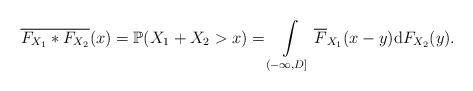
LaTeX: \begin{align*}\overline{F_{X_1}*F_{X_2}}(x)&=\mathbb{P}(X_1+X_2>x)= \int\limits_{(-\infty,D]} \overline{F}_{X_1}(x-y){\mbox{d}}F_{X_2}(y).\end{align*}